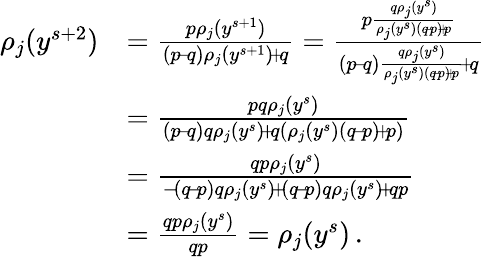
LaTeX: \begin{array}{rl}{\rho_{j}(y^{s+2})}&{=\frac{p\rho_{j}(y^{s+1})}{(p\! -\! q)\rho_{j}(y^{s+1})\! +\! q}=\frac{p\frac{q\rho_{j}(y^{s})}{\rho_{j}(y^{s})(q\! -\! p)\! +\! p}}{(p\! -\! q)\frac{q\rho_{j}(y^{s})}{\rho_{j}(y^{s})(q\! -\! p)\! +\! p}\! +\! q}}\\ &{=\frac{pq\rho_{j}(y^{s})}{(p\! -\! q)q\rho_{j}(y^{s})\! +\! q(\rho_{j}(y^{s})(q\! -\! p)\! +\! p)}}\\ &{=\frac{qp\rho_{j}(y^{s})}{-\! (q\! -\! p)q\rho_{j}(y^{s})\! +\! (q\! -\! p)q\rho_{j}(y^{s})\! +\! qp}}\\ &{=\frac{qp\rho_{j}(y^{s})}{qp}=\rho_{j}(y^{s})\, .}\end{array}